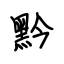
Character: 黔